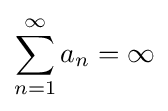
\sum _{n=1}^{\infty }a_{n}=\infty